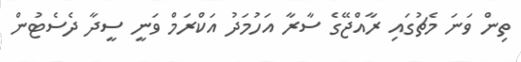
ތިން ވަނަ މެޗުގައި ރާއްޖޭގެ ސާރާ އަހުމަދު އަކްރަމް ވަނީ ސީދާ ދެސެޓުން